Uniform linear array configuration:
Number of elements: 4
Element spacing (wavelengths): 0.5
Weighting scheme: hann
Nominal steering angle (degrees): -30
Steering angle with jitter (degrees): -31.884
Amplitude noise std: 0.05
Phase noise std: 0.05

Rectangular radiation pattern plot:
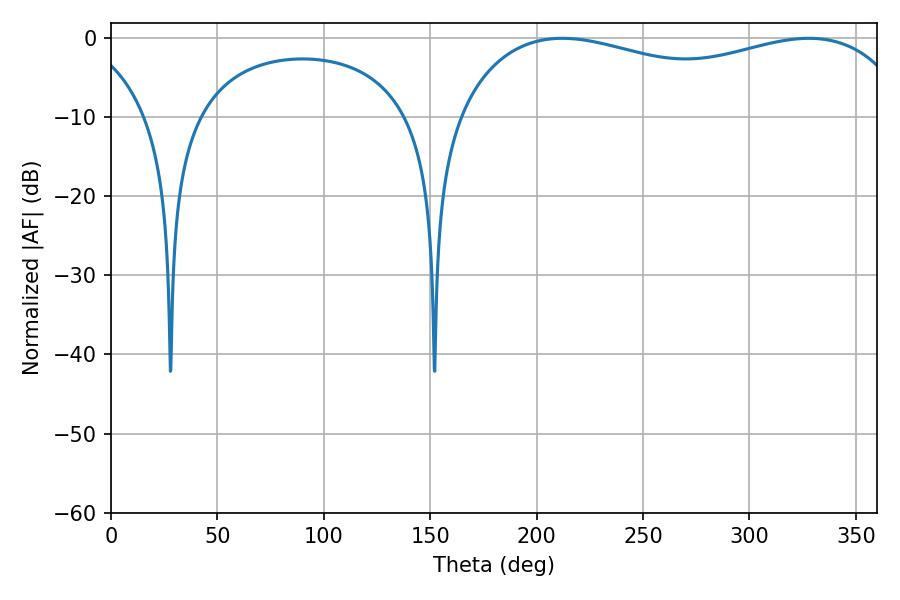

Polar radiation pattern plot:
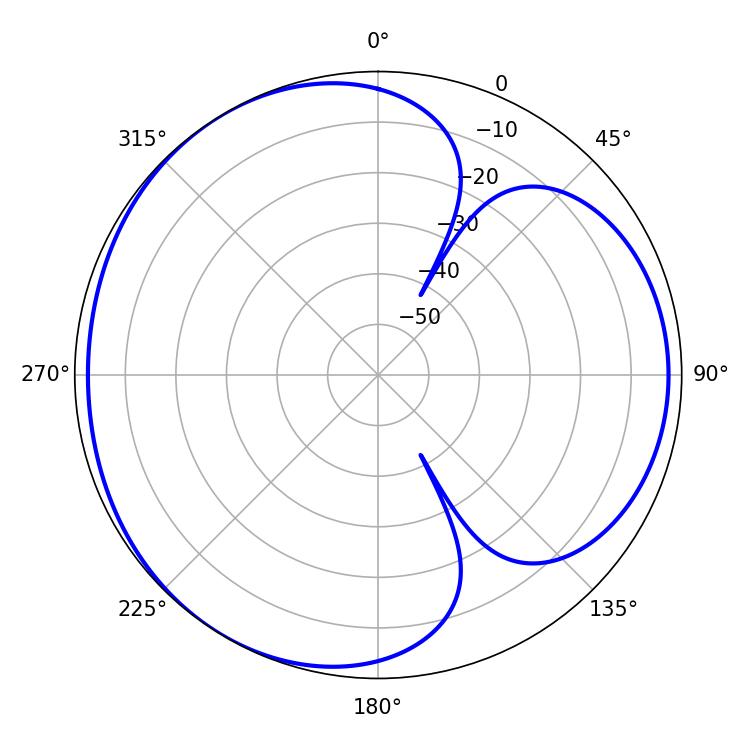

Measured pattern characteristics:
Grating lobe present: FALSE
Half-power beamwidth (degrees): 176.4
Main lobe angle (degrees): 212.04